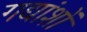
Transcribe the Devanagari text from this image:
गद्यांशों